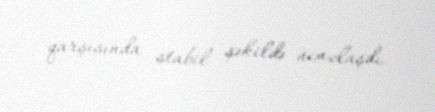
qarşısında stabil şəkildə ucuzlaşdı.